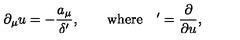
\partial _ { \mu } u = - \frac { a _ { \mu } } { \delta ^ { \prime } } , \qquad \mathrm { w h e r e } \quad { } ^ { \prime } = \frac { \partial } { \partial u } ,